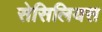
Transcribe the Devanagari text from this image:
सेसिलियस